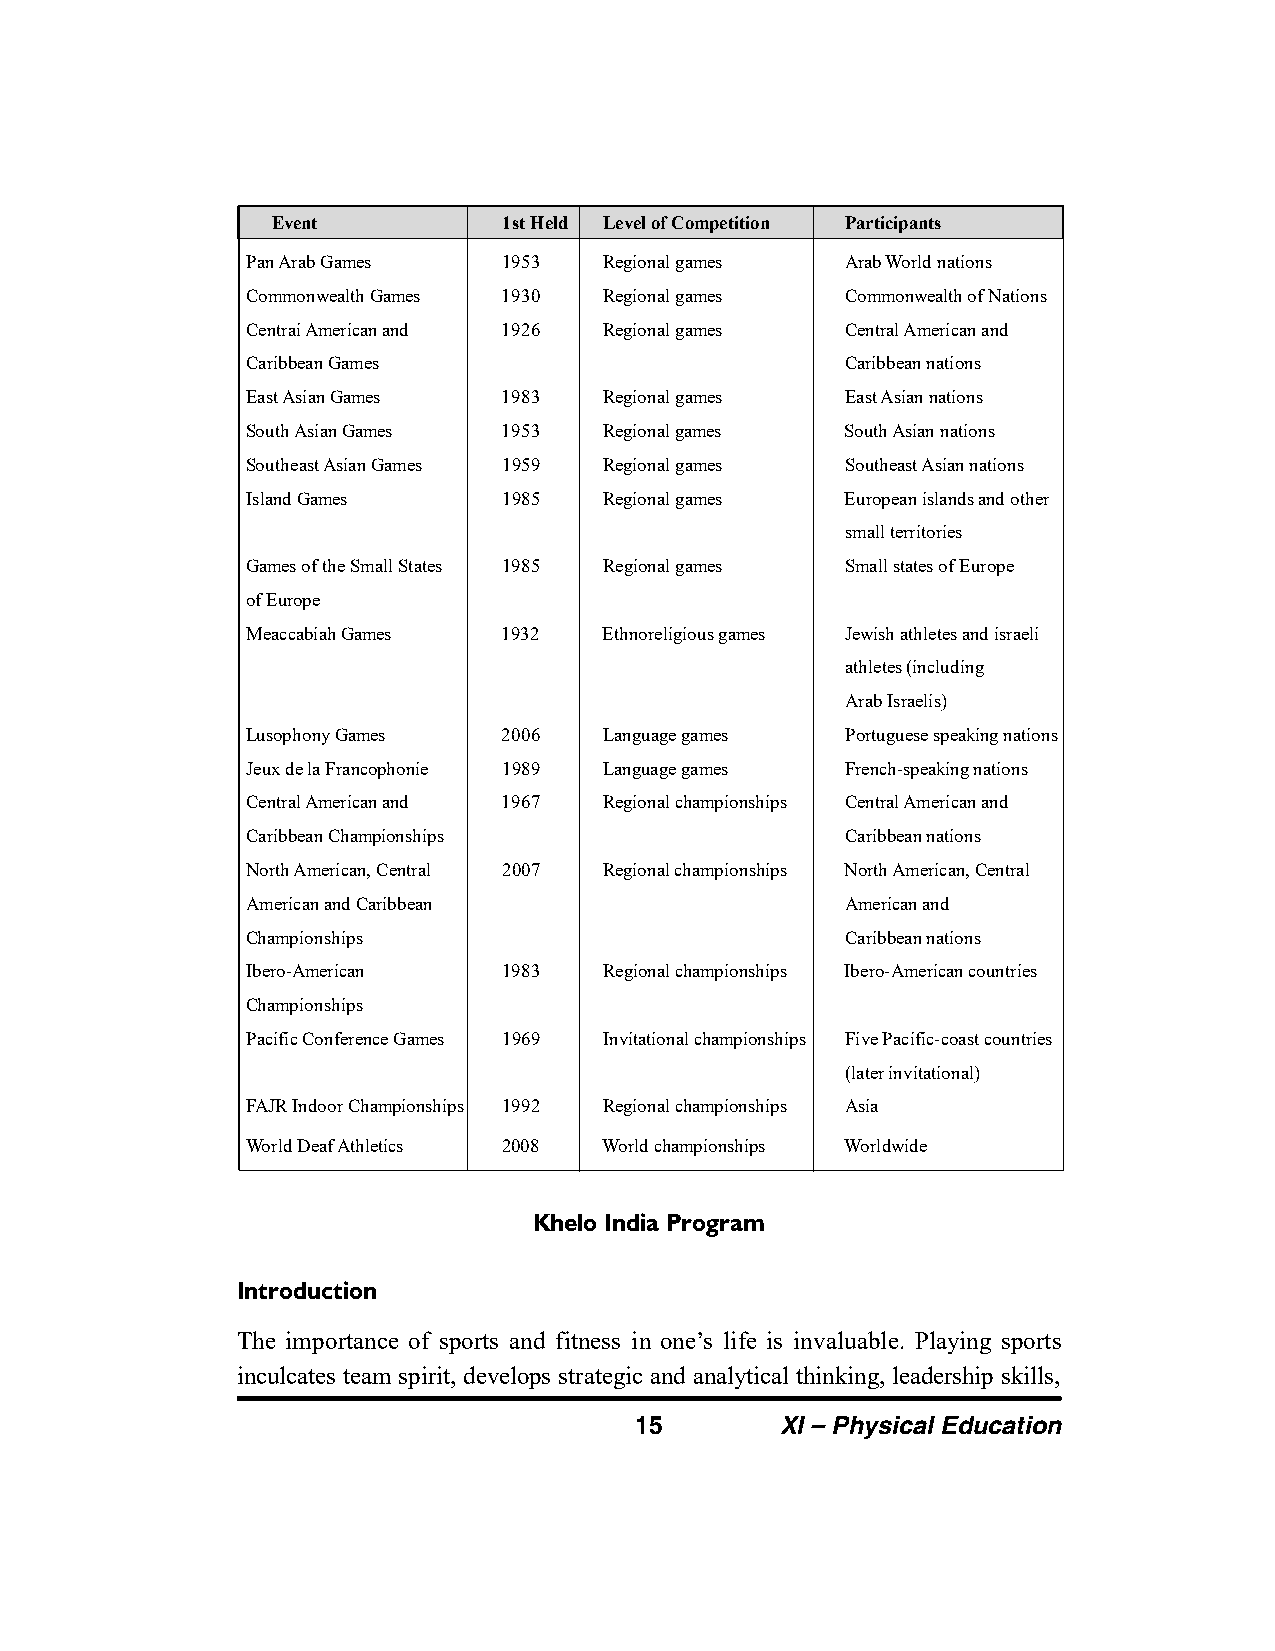
Event          1st Held Level of Competition Participants
 Pan Arab Games   1953   Regional games  Arab World nations
 Commonwealth Games 1930 Regional games  Commonwealth of Nations
 Centrai American and 1926 Regional games Central American and
 Caribbean Games                         Caribbean nations
 East Asian Games 1983   Regional games  East Asian nations
 South Asian Games 1953  Regional games  South Asian nations
 Southeast Asian Games 1959 Regional games Southeast Asian nations
 Island Games     1985   Regional games  European islands and other
 small territories
 Games of the Small States 1985 Regional games Small states of Europe
 of Europe
 Meaccabiah Games 1932   Ethnoreligious games Jewish athletes and israeli
 athletes (including
 Arab Israelis)
 Lusophony Games  2006   Language games  Portuguese speaking nations
 Jeux de la Francophonie 1989 Language games French-speaking nations
 Central American and 1967 Regional championships Central American and
 Caribbean Championships                 Caribbean nations
 North American, Central 2007 Regional championships North American, Central
 American and Caribbean                  American and
 Championships                           Caribbean nations
 Ibero-American   1983   Regional championships Ibero-American countries
 Championships
 Pacific Conference Games 1969 Invitational championships Five Pacific-coast countries
 (later invitational)
 FAJR Indoor Championships 1992 Regional championships Asia
 World Deaf Athletics 2008 World championships Worldwide
 Khelo India Program
 Introduction
 The importance of sports and fitness in one’s life is invaluable. Playing sports
 inculcates team spirit, develops strategic and analytical thinking, leadership skills,
 15        XI – Physical Education